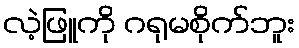
လဲ့ဖြူကို ဂရုမစိုက်ဘူး